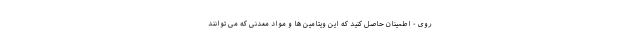
روی - اطمینان حاصل کنید که این ویتامین ها و مواد معدنی که می توانند